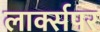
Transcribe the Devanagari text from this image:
लार्क्सपर